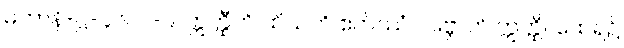
မဟာနိ-ဋ္ဌ-၄၆၊ ပါ-၉၊ ဣတ္ထီတိ ထိယတိ ဧတိဿံ ဂဗ္ဘောတိ ဣတ္ထီ။ ထေရ၌